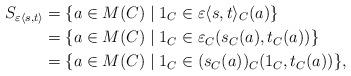
LaTeX: \begin{align*}S_{\varepsilon\langle s,t \rangle} & = \{ a \in M(C) \mid 1_C \in \varepsilon\langle s,t\rangle_C(a)\}\\& = \{ a \in M(C) \mid 1_C \in \varepsilon_C(s_C(a),t_C(a)) \}\\& = \{ a \in M(C) \mid 1_C \in (s_C(a))_C(1_C,t_C(a))\},\end{align*}